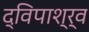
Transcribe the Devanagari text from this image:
द्विपाश्र्व